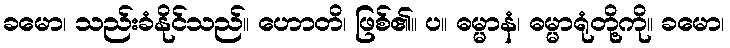
ခမော၊ သည်းခံနိုင်သည်။ ဟောတိ၊ ဖြစ်၏။ ပ။ ဓမ္မာနံ၊ ဓမ္မာရုံတို့ကို။ ခမော၊